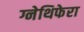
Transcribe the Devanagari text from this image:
ग्नेथिफेरा